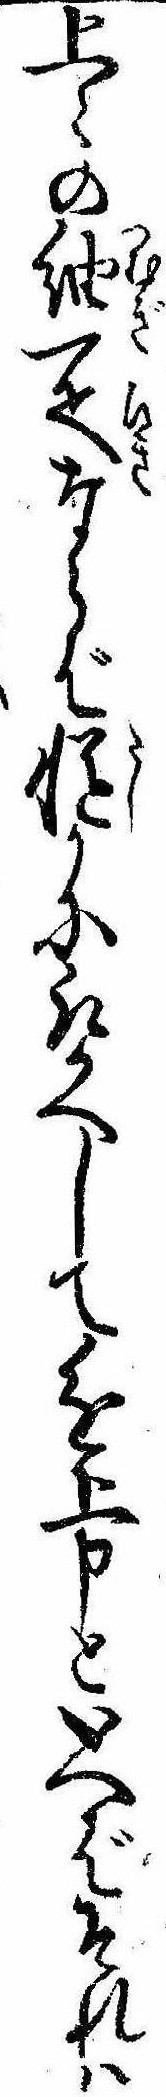
上の紬一疋ならば慥かに取かへして進上申といへばそれは